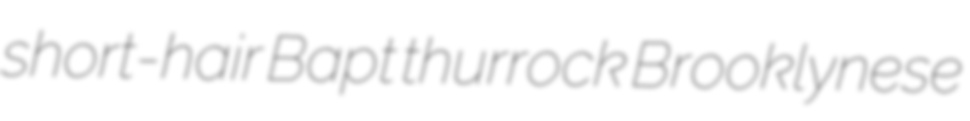
short-hair Bapt thurrock Brooklynese